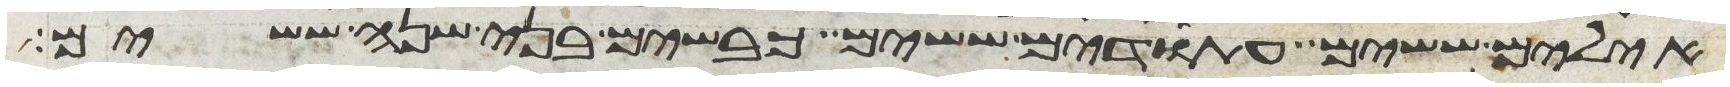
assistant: אילים ששים עתודים ששים כבשים בני שנה ששים